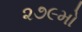
૨૭૯મો